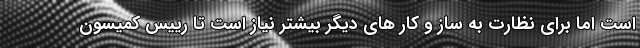
است اما برای نظارت به ساز و کار های دیگر بیشتر نیاز است تا رییس کمیسون